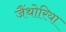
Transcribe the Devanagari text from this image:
जैंथोरिया